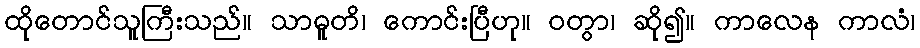
ထိုတောင်သူကြီးသည်။ သာဓူတိ၊ ကောင်းပြီဟု။ ဝတွာ၊ ဆို၍။ ကာလေန ကာလံ၊